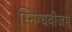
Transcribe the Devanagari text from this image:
स्निग्धबीजम्